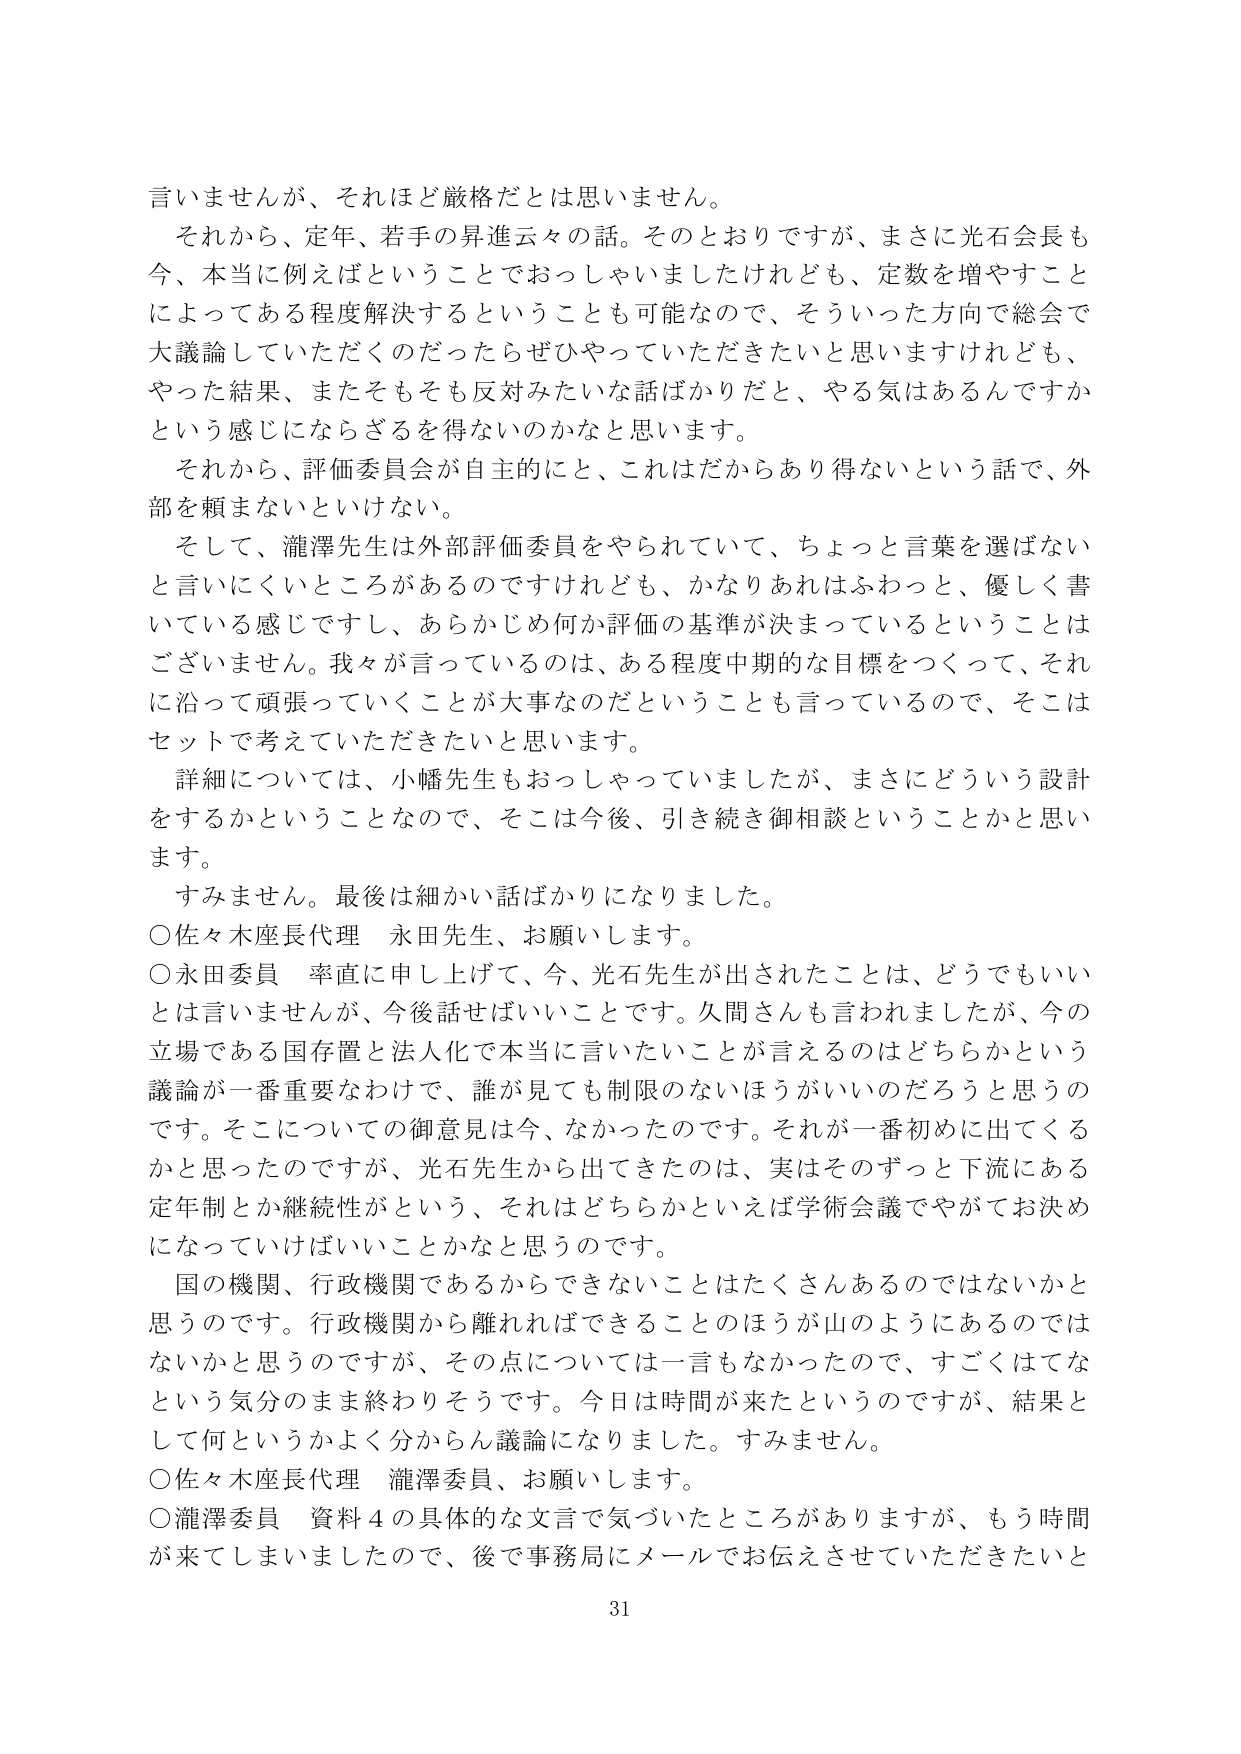
言いませんが、それはほど厳格だとは思いません。
それから、定年、若手の昇進云々の話。そのとおりですが、まさに光石会長も今、本当に例えばということでおっしゃいましたけれども、定数を増やすことによってある程度解決するということも可能なので、そういった方向で総会で大議論していただくのだったらぜひやっていただきたいと思いますけれども、やった結果、またそもそも反対みたいな話ばかりだと、やる気はあるんですかという感じにならざるを得ないのかなと思います。
それから、評価委員会が自主的にと、これはだからあり得ないという話で、外部を頼まないといけない。
そして、瀧澤先生は外部評価委員をやられていて、ちょっと言葉を選ばないと言いにくいところがあるのですけれども、かなりあれはふわっと、優しく書いている感じですし、あらかじめ何か評価の基準が決まっているということはございません。我々が言っているのは、ある程度中期的な目標をつくって、それに沿って頑張っていくことが大事なのだと思うことも言っているので、そこはセットで考えていただきたいと思います。
詳細については、小幡先生もおっしゃっていましたが、まさにどういう設計をするかということなので、そこは今後、引き続き御相談ということかと思います。
すみません。最後は細かい話ばかりになりました。
○佐々木座長代理 永田先生、お願いします。
○永田委員 率直に申し上げて、今、光石先生が出されたことは、どうでもいいとは言いませんが、今後話せばいいことです。久間さんも言われましたが、今の立場である国存置と法人化で本当に言いたいことが言えるのはどちらかという議論が一番重要なわけで、誰が見ても制限のないほうがいいのだろうと思うのです。そこについての御意見は今、なかったのです。それが一番初めに出てくるかと思ったのですが、光石先生から出てきたのは、実はそのずっと下流にある定年制とか継続性がという、それはどちらかといえば学術会議でやがてお決めになっていけばいいことかなと思うのです。
国の機関、行政機関であるからできないことはたくさんあるのではないかと思うのです。行政機関から離れればできることのほうが山のようにあるのではないかと思うのですが、その点については一言もなかったので、すごくはてなという気分のまま終わりそうです。今日は時間が来たというのですが、結果として何というかよく分からん議論になりました。すみません。
○佐々木座長代理 瀧澤委員、お願いします。
○瀧澤委員 資料4の具体的な文言で気づいたところがありますが、もう時間が来てしまいましたので、後で事務局にメールでお伝えさせていただきたいと
31